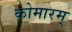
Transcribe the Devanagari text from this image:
कोमारम्